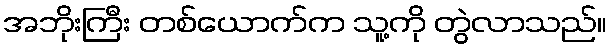
အဘိုးကြီး တစ်ယောက်က သူ့ကို တွဲလာသည်။